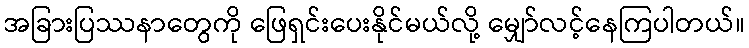
အခြားပြဿနာတွေကို ဖြေရှင်းပေးနိုင်မယ်လို့ မျှော်လင့်နေကြပါတယ်။